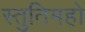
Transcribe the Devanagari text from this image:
स्तुतिमहो